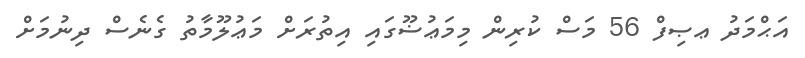
އަޙްމަދު ޢޞިފް 56 މަސް ކުރިން މިމަޢުޟޫގައި އިތުރަށް މަޢުލޫމާތު ގެނެސް ދިނުމަށް